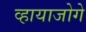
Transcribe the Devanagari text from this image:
व्हायाजोगे